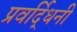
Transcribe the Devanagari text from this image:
प्रवर्द्धिनी